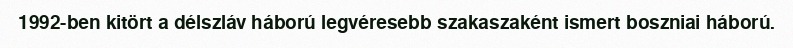
1992-ben kitört a délszláv háború legvéresebb szakaszaként ismert boszniai háború.